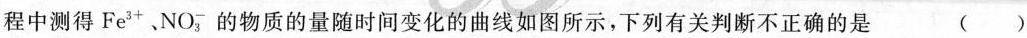
程中测得Fe^{3+}、NO_{3}^{-} 的物质的量随时间变化的曲线如图所示，下列有关判断不正确的是 ()